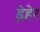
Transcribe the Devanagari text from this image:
ड्रेहेर